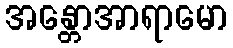
အန္တောအာရာမော